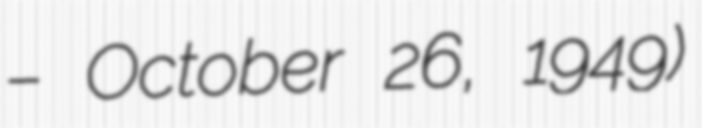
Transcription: – October 26, 1949)